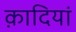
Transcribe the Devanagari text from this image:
क़ादियां